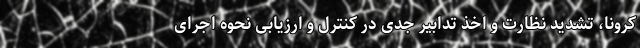
کرونا، تشدید نظارت و اخذ تدابیر جدی در کنترل و ارزیابی نحوه اجرای